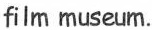
film museum.